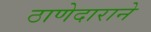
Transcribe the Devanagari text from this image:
ठाणेदाराने